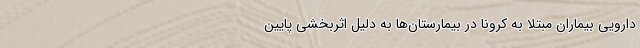
دارویی بیماران مبتلا به کرونا در بیمارستان‌ها به دلیل اثربخشی پایین